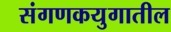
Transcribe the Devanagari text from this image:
संगणकयुगातील